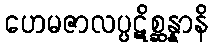
ဟေမဇာလပ္ပဋိစ္ဆန္နာနိ